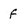
Character: F